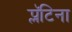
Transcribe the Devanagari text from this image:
प्लॅटिना